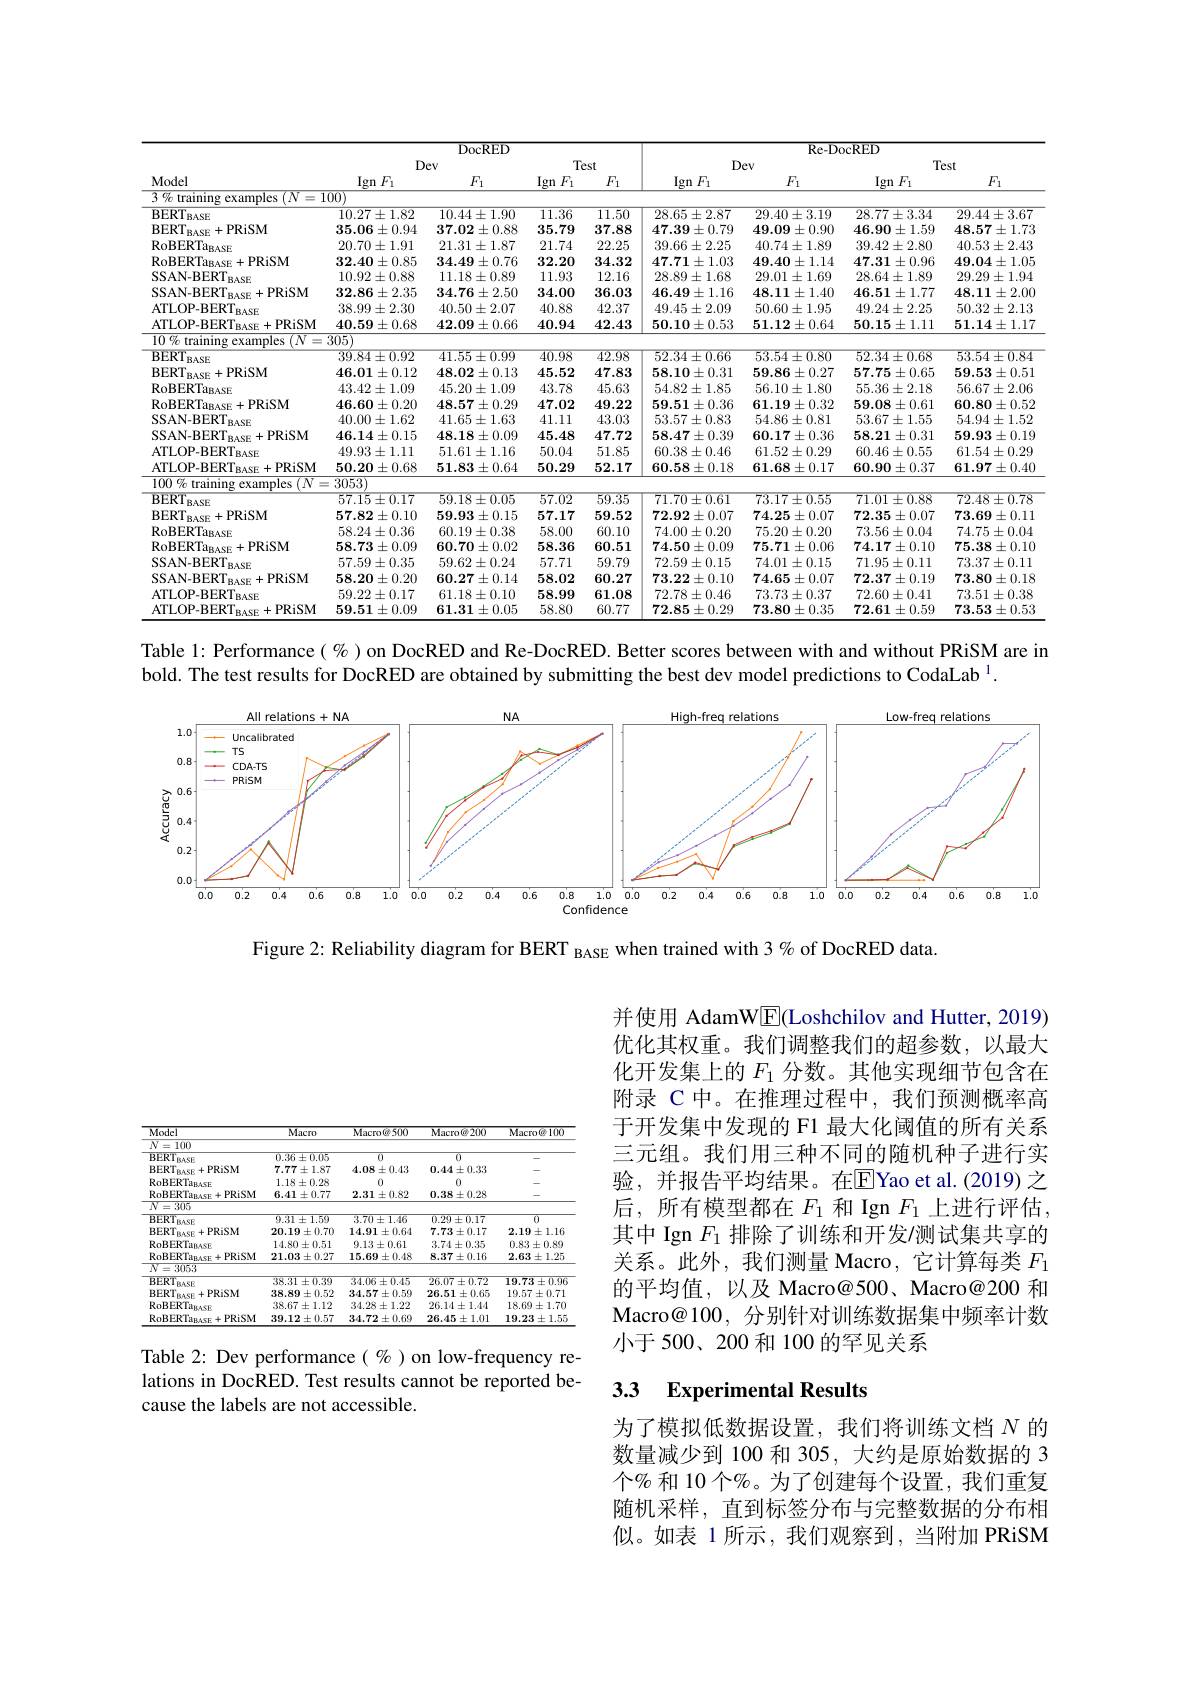
<table>
	<tbody>
		<tr>
			<th rowspan="3">Model</th>
			<th colspan="4">DocRED</th>
			<th colspan="4">Re-DocRED</th>
		</tr>
		<tr>
			<th colspan="2">Dev</th>
			<th colspan="2">Test</th>
			<th colspan="2">Dev</th>
			<th colspan="2">Test</th>
		</tr>
		<tr>
			<th>$\operatorname{Ign}F_1$</th>
			<th>$F_1$</th>
			<th>Ign $F_{1}$</th>
			<th>$F_1$</th>
			<th>$\operatorname{Ign}F_1$</th>
			<th>$F_{1}$</th>
			<th>$\operatorname{Ign}F_1$</th>
			<th>$F_1$</th>
		</tr>
		<tr>
			<td>$3\%$ training examples $[N]$</td>
			<td>$\overline{00}$</td>
			<td> </td>
			<td> </td>
			<td> </td>
			<td> </td>
			<td> </td>
			<td> </td>
			<td> </td>
		</tr>
		<tr>
			<td>$\overline{BERT}_{BASE}$</td>
			<td>$10.27\pm1.82$</td>
			<td>$10.44\pm1.90$</td>
			<td>11.36</td>
			<td>$\overline{11.50}$</td>
			<td>$28.65\pm2.87$</td>
			<td>$29.40\pm3.19$</td>
			<td>$28.77\pm3.34$</td>
			<td>$29.44\pm3.67$</td>
		</tr>
		<tr>
			<td>BERT =+PRiSM RASF</td>
			<td>$35.06\pm0.94$</td>
			<td>$37.02\pm0.88$</td>
			<td>35.79</td>
			<td>37.88</td>
			<td>$47.39\pm0.79$</td>
			<td>$49.09\pm0.90$</td>
			<td>$46.90\pm1.59$</td>
			<td>$48.57\pm1.73$</td>
		</tr>
		<tr>
			<td>$\mathrm{RoBERTa}_{\mathrm{BASE}}$</td>
			<td>$20.70\pm1.91$</td>
			<td>$21.31\pm1.87$</td>
			<td>21.74</td>
			<td>22.25</td>
			<td>$39.66\pm2.25$</td>
			<td>$40.74\pm1.89$</td>
			<td>$39.42\pm2.80$</td>
			<td>$40.53\pm2.43$</td>
		</tr>
		<tr>
			<td>RoBERT$a_{BASE}$+ PRiSM</td>
			<td>$32.40\pm0.85$</td>
			<td>$34.49\pm0.76$</td>
			<td>32.20</td>
			<td>34.32</td>
			<td>$47.71\pm1.03$</td>
			<td>$49.40\pm1.14$</td>
			<td>$47.31\pm0.96$</td>
			<td>$49.04\pm1.05$</td>
		</tr>
		<tr>
			<td>SSAN-BERT $BASE$</td>
			<td>$10.92\pm0.88$</td>
			<td>$11.18\pm0.89$</td>
			<td>11.93</td>
			<td>12.16</td>
			<td>$28.89\pm1.68$</td>
			<td>$29.01\pm1.69$</td>
			<td>$28.64\pm1.89$</td>
			<td>$29.29\pm1.94$</td>
		</tr>
		<tr>
			<td>SSAN-BERT RASF+PRiSM T</td>
			<td>$32.86\pm2.35$</td>
			<td>$34.76\pm2.50$</td>
			<td>34.00</td>
			<td>36.03</td>
			<td>$46.49\pm1.16$</td>
			<td>$48.11\pm1.40$</td>
			<td>$46.51\pm1.77$</td>
			<td>$48.11\pm2.00$</td>
		</tr>
		<tr>
			<td>ATLOP- BERT $BASE$</td>
			<td>$38.99\pm2.30$</td>
			<td>$40.50\pm2.07$</td>
			<td>40.88</td>
			<td>42.37</td>
			<td>$49.45\pm2.09$</td>
			<td>$50.60\pm1.95$</td>
			<td>$49.24\pm2.25$</td>
			<td>$50.32\pm2.13$</td>
		</tr>
		<tr>
			<td>$\mathrm{ATLOP-BERT}_{\mathrm{BASE}}+$PRiSM</td>
			<td>$40.59\pm0.68$</td>
			<td>$42.09\pm0.66$</td>
			<td>40.94</td>
			<td>42.43</td>
			<td>$50.10\pm0.53$</td>
			<td>$51.12\pm0.64$</td>
			<td>$50.15\pm1.11$</td>
			<td>$51.14\pm1.17$</td>
		</tr>
		<tr>
			<td>$10\%$ training examples $i(N$</td>
			<td>$\overline{305})$</td>
			<td> </td>
			<td> </td>
			<td> </td>
			<td> </td>
			<td> </td>
			<td> </td>
			<td> </td>
		</tr>
		<tr>
			<td>$BERT_{BASE}$</td>
			<td>$39.84\pm0.92$</td>
			<td>$41.55\pm0.99$</td>
			<td>$\overline{40.98}$</td>
			<td>42.98</td>
			<td>$52.34\pm0.66$</td>
			<td>$53.54\pm0.80$</td>
			<td>$52.34\pm0.68$</td>
			<td>$53.54\pm0.84$</td>
		</tr>
		<tr>
			<td>$\mathrm{BERT}_{\mathrm{BASE}}$ $\varepsilon+$PRiSM</td>
			<td>$46.01\pm0.12$</td>
			<td>$48.02\pm0.13$</td>
			<td>45.52</td>
			<td>47.83</td>
			<td>$58.10\pm0.31$</td>
			<td>$59.86\pm0.27$</td>
			<td>$57.75\pm0.65$</td>
			<td>$59.53\pm0.51$</td>
		</tr>
		<tr>
			<td>RoBERT$a_{BASE}$</td>
			<td>$43.42\pm1.09$</td>
			<td>$45.20\pm1.09$</td>
			<td>43.78</td>
			<td>45.63</td>
			<td>$54.82\pm1.85$</td>
			<td>$56.10\pm1.80$</td>
			<td>$55.36\pm2.18$</td>
			<td>$56.67\pm2.06$</td>
		</tr>
		<tr>
			<td>RoBERT$a_{BASE}$+ PRiSM</td>
			<td>$46.60\pm0.20$</td>
			<td>$48.57\pm0.29$</td>
			<td>47.02</td>
			<td>49.22</td>
			<td>$59.51\pm0.36$</td>
			<td>$61.19\pm0.32$</td>
			<td>$59.08\pm0.61$</td>
			<td>$60.80\pm0.52$</td>
		</tr>
		<tr>
			<td>SSAN-BERT $BASE$</td>
			<td>$40.00\pm1.62$</td>
			<td>$41.65\pm1.63$</td>
			<td>41.11</td>
			<td>43.03</td>
			<td>$53.57\pm0.83$</td>
			<td>$54.86\pm0.81$</td>
			<td>$53.67\pm1.55$</td>
			<td>$54.94\pm1.52$</td>
		</tr>
		<tr>
			<td>SSAN-BERT $\Gamma_{\mathrm{RaSF}}+PRiSM$</td>
			<td>$46.14\pm0.15$</td>
			<td>$48.18\pm0.09$</td>
			<td>45.48</td>
			<td>47.72</td>
			<td>$58.47\pm0.39$</td>
			<td>$60.17\pm0.36$</td>
			<td>$58.21\pm0.31$</td>
			<td>$59.93\pm0.19$</td>
		</tr>
		<tr>
			<td>$\mathrm{ATLOP-BERT}_{\mathrm{BASE}}$</td>
			<td>$49.93\pm1.11$</td>
			<td>$51.61\pm1.16$</td>
			<td>50.04</td>
			<td>51.85</td>
			<td>$60.38\pm0.46$</td>
			<td>$61.52\pm0.29$</td>
			<td>$60.46\pm0.55$</td>
			<td>$61.54\pm0.29$</td>
		</tr>
		<tr>
			<td>$\mathrm{ATLOP-BERT}_{\mathrm{BASE}}+$PRiSM</td>
			<td>$50.20\pm0.68$</td>
			<td>$51.83\pm0.64$</td>
			<td>50.29</td>
			<td>52.17</td>
			<td>$60.58\pm0.18$</td>
			<td>$61.68\pm0.17$</td>
			<td>$60.90\pm0.37$</td>
			<td>$61.97\pm0.40$</td>
		</tr>
		<tr>
			<td>$100\%$ training examples $(N$</td>
			<td>=3053)</td>
			<td> </td>
			<td> </td>
			<td> </td>
			<td> </td>
			<td> </td>
			<td> </td>
			<td> </td>
		</tr>
		<tr>
			<td>$\overline{BERT}_{BASE}$</td>
			<td>$57.15\pm0.17$</td>
			<td>$59.18\pm0.05$</td>
			<td>57.02</td>
			<td>59.35</td>
			<td>$71.70\pm0.61$</td>
			<td>$73.17\pm0.55$</td>
			<td>$71.01\pm0.88$</td>
			<td>$72.48\pm0.78$</td>
		</tr>
		<tr>
			<td>BERT RASF =+PRiSM</td>
			<td>$57.82\pm0.10$</td>
			<td>$59.93\pm0.15$</td>
			<td>57.17</td>
			<td>59.52</td>
			<td>$72.92\pm0.07$</td>
			<td>$74.25\pm0.07$</td>
			<td>$72.35\pm0.07$</td>
			<td>$73.69\pm0.11$</td>
		</tr>
		<tr>
			<td>$\mathrm{RoBERTa}_{\mathrm{BASE}}$</td>
			<td>$58.24\pm0.36$</td>
			<td>$60.19\pm0.38$</td>
			<td>58.00</td>
			<td>60.10</td>
			<td>$74.00\pm0.20$</td>
			<td>$75.20\pm0.20$</td>
			<td>$73.56\pm0.04$</td>
			<td>$74.75\pm0.04$</td>
		</tr>
		<tr>
			<td>RoBERT$a_{RA}$s TI =+PRiSM</td>
			<td>$58.73\pm0.09$</td>
			<td>$60.70\pm0.02$</td>
			<td>58.36</td>
			<td>60.51</td>
			<td>$74.50\pm0.09$</td>
			<td>$75.71\pm0.06$</td>
			<td>$74.17\pm0.10$</td>
			<td>$75.38\pm0.10$</td>
		</tr>
		<tr>
			<td>SSAN-BERT $BASE$</td>
			<td>$57.59\pm0.35$</td>
			<td>$59.62\pm0.24$</td>
			<td>57.71</td>
			<td>59.79</td>
			<td>$72.59\pm0.15$</td>
			<td>$74.01\pm0.15$</td>
			<td>$71.95\pm0.11$</td>
			<td>$73.37\pm0.11$</td>
		</tr>
		<tr>
			<td>SSAN-BERT $\Gamma_{\mathrm{RaSF}}+PRiSM$</td>
			<td>$58.20\pm0.20$</td>
			<td>$60.27\pm0.14$</td>
			<td>58.02</td>
			<td>60.27</td>
			<td>$73.22\pm0.10$</td>
			<td>$74.65\pm0.07$</td>
			<td>$72.37\pm0.19$</td>
			<td>$73.80\pm0.18$</td>
		</tr>
		<tr>
			<td>ATLOP-BERT $BASE$</td>
			<td>$59.22\pm0.17$</td>
			<td>$61.18\pm0.10$</td>
			<td>58.99</td>
			<td>61.08</td>
			<td>$72.78\pm0.46$</td>
			<td>$73.73\pm0.37$</td>
			<td>$72.60\pm0.41$</td>
			<td>$73.51\pm0.38$</td>
		</tr>
		<tr>
			<td>ATLOP- BERT $\Gamma_{\mathrm{RASE}}+$PRiSM</td>
			<td>$59.51\pm0.09$</td>
			<td>$61.31\pm0.05$</td>
			<td>58.80</td>
			<td>60.77</td>
			<td>$72.85\pm0.29$</td>
			<td>$73.80\pm0.35$</td>
			<td>$72.61\pm0.59$</td>
			<td>$73.53\pm0.53$</td>
		</tr>
	</tbody>
</table>

Table l: Performance $(\%)$ on DocRED and Re-DocRED. Better scores between with and without PRiSM are in

bold. The test results for DocRED are obtained by submitting the best dev model predictions to CodaLab $^{1}.$

<FigureHere>

Figure 2: Reliability diagram for BERT $_{\text{BASE}}$ when trained with 3% of DocRED data.

<table>
	<tbody>
		<tr>
			<th>Model</th>
			<th>Macro</th>
			<th>Macro@500</th>
			<th>Macro@200</th>
			<th>Macro@100</th>
		</tr>
		<tr>
			<td>$N=100$</td>
			<td> </td>
			<td> </td>
			<td> </td>
			<td> </td>
		</tr>
		<tr>
			<td>$\overline{BERT}_{BASE}$</td>
			<td>$0.36\pm0.05$</td>
			<td>$\overline{0}$</td>
			<td>$\overline{0}$</td>
			<td> </td>
		</tr>
		<tr>
			<td>$BERT$ $RASF$ $+PRiSM$</td>
			<td>$7.77\pm1.87$</td>
			<td>$4.08\pm0.43$</td>
			<td>$0.44\pm0.33$</td>
			<td> </td>
		</tr>
		<tr>
			<td>$\mathrm{RoBERTa}_{\mathrm{BASE}}$</td>
			<td>$1.18\pm0.28$</td>
			<td>0</td>
			<td>0</td>
			<td> </td>
		</tr>
		<tr>
			<td>$\mathrm{RoBERTa}_{\mathrm{BASE}}$ $+PRiSM$</td>
			<td>$6.41\pm0.77$</td>
			<td>$2.31\pm0.82$</td>
			<td>$0.38\pm0.28$</td>
			<td> </td>
		</tr>
		<tr>
			<td>$\overline{N=305}$</td>
			<td> </td>
			<td> </td>
			<td> </td>
			<td> </td>
		</tr>
		<tr>
			<td>$\overline{BERT_{RASF}}$</td>
			<td>$9.31\pm1.59$</td>
			<td>$3.70\pm1.46$</td>
			<td>$0.29\pm0.17$</td>
			<td>$\overline{(0)}$</td>
		</tr>
		<tr>
			<td>BERT$_\mathrm{RASF}+$PRiSM</td>
			<td>$20.19\pm0.70$</td>
			<td>$14.91\pm0.6$</td>
			<td>$7.73\pm0.17$</td>
			<td>$2.19\pm1.16$</td>
		</tr>
		<tr>
			<td>$RoBERTa_{BASE}$</td>
			<td>$14.80\pm0.51$</td>
			<td>$9.13\pm0.61$</td>
			<td>$3.74\pm0.35$</td>
			<td>$0.83\pm0.89$</td>
		</tr>
		<tr>
			<td>$\mathrm{RoBERTa}_{\mathrm{BASE}}$ $F+PRiSM$</td>
			<td>$21.03\pm0.27$</td>
			<td>$15.69\pm0.48$</td>
			<td>$8.37\pm0.16$</td>
			<td>$2.63\pm1.25$</td>
		</tr>
		<tr>
			<td>$N=3053$</td>
			<td> </td>
			<td> </td>
			<td> </td>
			<td> </td>
		</tr>
		<tr>
			<td>$\overline{BERT}_{RASF}$</td>
			<td>$38.31\pm0.39$</td>
			<td>$34.06\pm0.45$</td>
			<td>$26.07\pm0.72$</td>
			<td>$19.73\pm0.96$</td>
		</tr>
		<tr>
			<td>BERT$_\mathrm{RASF}+$PRiSM</td>
			<td>$38.89\pm0.52$</td>
			<td>$34.57\pm0.59$</td>
			<td>$26.51\pm0.65$</td>
			<td>$19.57\pm0.71$</td>
		</tr>
		<tr>
			<td>$\mathrm{RoBERTa}_{\mathrm{BASE}}$</td>
			<td>$38.67\pm1.12$</td>
			<td>$34.28\pm1.22$</td>
			<td>$26.14\pm1.44$</td>
			<td>$18.69\pm1.70$</td>
		</tr>
		<tr>
			<td>$\mathrm{RoBERTa}_{\mathrm{BASE}}$ $F+PRiSM$</td>
			<td>$39.12\pm0.57$</td>
			<td>$34.72\pm0.69$</td>
			<td>$26.45\pm1.01$</td>
			<td>$19.23\pm1.55$</td>
		</tr>
	</tbody>
</table>

Table 2: Dev performance( %)on low-frequency relations in DocRED. Test results cannot be reported because the labels are not accessible.

并使用 AdamW$\underline{\mathrm{E}}($Loshchilov and Hutter, 2019) 优化其权重。我们调整我们的超参数，以最大化开发集上的$F_{1}$分数。其他实现细节包含在附录 C 中。在推理过程中，我们预测概率高于开发集中发现的 F1 最大化阈值的所有关系三元组。我们用三种不同的随机种子进行实验，并报告平均结果。在$\overline{\mathrm{E}}$Yao et al.(2019)之后，所有模型都在$F_1$和 Ign $F_1$上进行评估， 其中 Ign $F_{1}$排除了训练和开发/测试集共享的关系。此外，我们测量 Macro, 它计算每类$F_1$ 的平均值，以及 Macro@500、Macro@200 和Macro@100, 分别针对训练数据集中频率计数小于 500、200 和 100 的罕见关系

# 3.3 Experimental Results

为了模拟低数据设置，我们将训练文档$N$的数量减少到 100 和 305, 大约是原始数据的 3个% 和 10 个%。为了创建每个设置，我们重复随机采样，直到标签分布与完整数据的分布相似。如表 1 所示，我们观察到，当附加 PRiSM